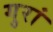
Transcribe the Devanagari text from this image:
गुरां